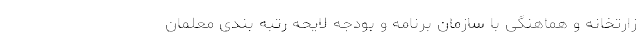
زارتخانه و هماهنگی با سازمان برنامه و بودجه لایحه رتبه بندی معلمان